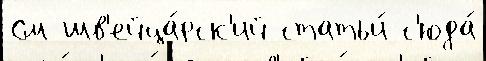
См шв'ейца́рск'ий статьи́ с'юда́